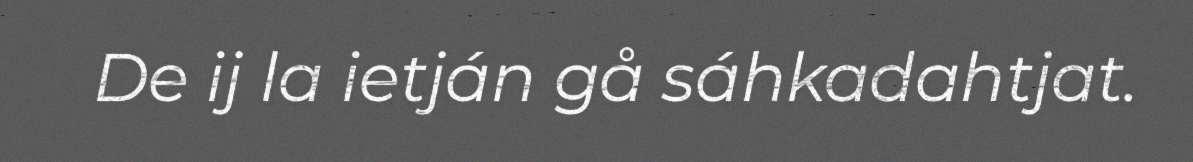
De ij la ietján gå sáhkadahtjat.